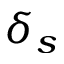
\delta _ { s }